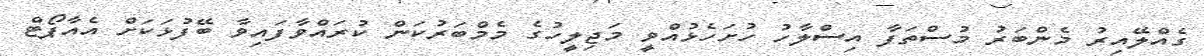
ގެެއްލޭއިރު މެންބަރު މުސްތަފާ އިސްލާހު ހުށަހެޅުއްވީ މަޖިލީހުގެ މެމްބަރުކަން ކުރައްވާފައިވާ ބޭފުޅަކަށް އެއާޕޯޓް